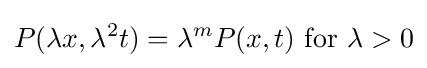
P(\lambda x,\lambda ^{2}t)=\lambda ^{m}P(x,t){\text{ for }}\lambda >0